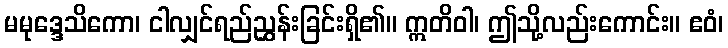
မမုဒ္ဒေသိကော၊ ငါလျှင်ရည်ညွှန်းခြင်းရှိ၏။ ဣတိဝါ၊ ဤသို့လည်းကောင်း။ ဧဝံ၊